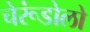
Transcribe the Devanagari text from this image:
चेरूंडोलो